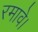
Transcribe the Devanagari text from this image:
रमावे।